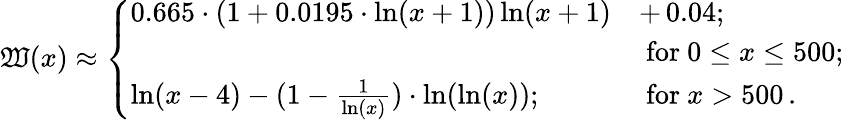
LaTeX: \mathfrak{W}(x)\approx\left\{ \begin{array}{ll}{{0.665\cdot\left(1+0.0195\cdot\ln(x+1)\right)\ln(x+1)}}&{{+\, 0.04;}}\\ {{}}&{{\mathrm{\ for\ }0\leq x\leq 500;}}\\ {{\ln(x-4)-(1-\frac{1}{\ln(x)})\cdot\ln(\ln(x));}}&{{\mathrm{\ for\ }x>500\, .}}\end{array}\right.